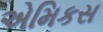
એમિકસ